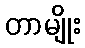
တာမျိုး